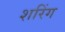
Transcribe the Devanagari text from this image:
शरिंग